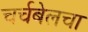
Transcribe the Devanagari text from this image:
चर्चबेलचा